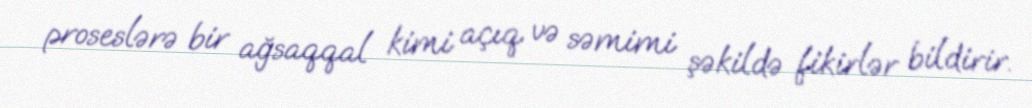
proseslərə bir ağsaqqal kimi açıq və səmimi şəkildə fikirlər bildirir.